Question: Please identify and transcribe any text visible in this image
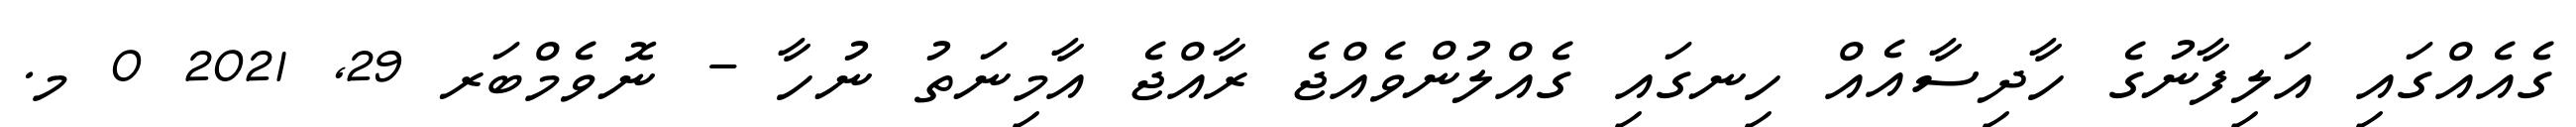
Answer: ގެއެއްގައި އަލިފާނުގެ ހާދިސާއެއް ހިނގައި ގެއްލުންވެއްޖެ ރާއްޖެ އާމިނަތު ނުހާ - ނޮވެމްބަރ 29, 2021 0 މ.